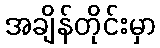
အချိန်တိုင်းမှာ